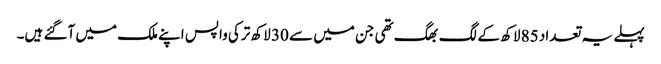
پہلے یہ تعداد 85 لاکھ کے لگ بھگ تھی جن میں سے 30 لاکھ ترکی واپس اپنے ملک میں آگئے ہیں۔